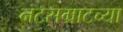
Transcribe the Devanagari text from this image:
नटसम्राटच्या